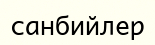
санбийлер